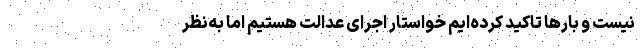
نیست و بارها تاکید کرده‌ایم خواستار اجرای عدالت هستیم اما به‌نظر